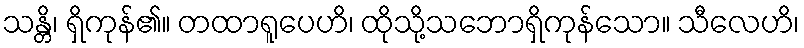
သန္တိ၊ ရှိကုန်၏။ တထာရူပေဟိ၊ ထိုသို့သဘောရှိကုန်သော။ သီလေဟိ၊